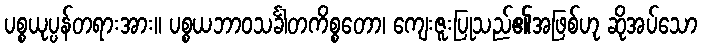
ပစ္စယုပ္ပန်တရားအား။ ပစ္စယဘာဝသင်္ခါတကိစ္စတော၊ ကျေးဇူးပြုသည်၏အဖြစ်ဟု ဆိုအပ်သော